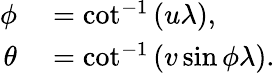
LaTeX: \begin{array}{rl}{\phi}&{{}=\cot^{-1}{\left(u\lambda\right)},}\\ {\theta}&{{}=\cot^{-1}\left(v\sin{\phi}\lambda\right).}\end{array}